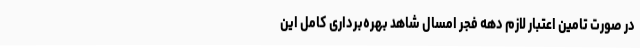
در صورت تامین اعتبار لازم دهه فجر امسال شاهد بهره‌برداری کامل این